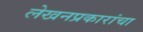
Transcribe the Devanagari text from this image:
लेखनप्रकारांचा